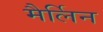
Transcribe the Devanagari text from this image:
मैर्लिन